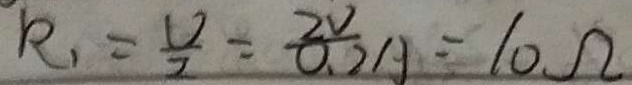
R _ { 1 } = \frac { U } { I } = \frac { 2 V } { 0 . 2 A } = 1 0 \Omega